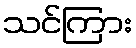
သင်ကြား